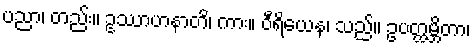
ပညာ၊ တည်း။ ဥဿာဟနာတိ၊ ကား။ ဝီရိယေန၊ သည်။ ဥပတ္ထမ္ဘိတာ၊